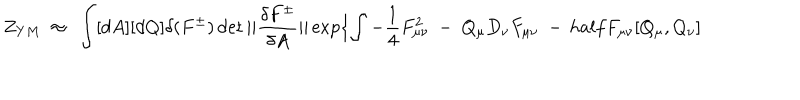
LaTeX: Z _ { Y M } \ \approx \ \int [ d A ] [ d Q ] \delta ( F ^ { \pm } ) \det | | { \frac { \delta F ^ { \pm } } { \delta A } } | | \exp \{ \int - \frac { 1 } { 4 } F _ { \mu \nu } ^ { 2 } \ - \ Q _ { \mu } D _ { \nu } F _ { \mu \nu } \ - \, h a l f F _ { \mu \nu } [ Q _ { \mu } , Q _ { \nu } ]